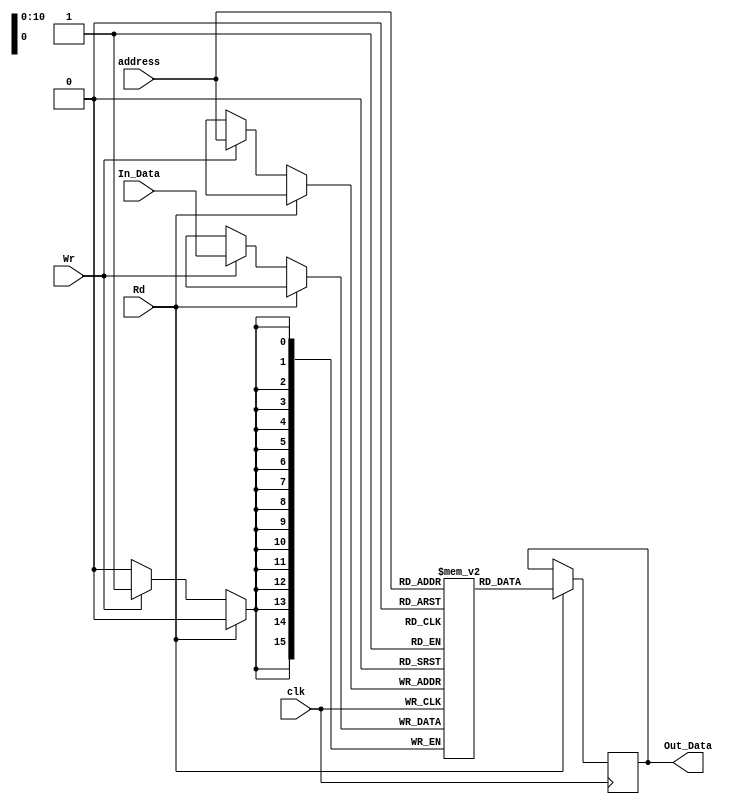
`timescale 1ns / 1ps

module DataMemory(input clk, input Rd, input Wr, input [10:0] address, input [15:0]In_Data, output reg [15:0] Out_Data);

	reg [15:0] memory [0:2047];
	
	always@(negedge clk)
	begin
		if(Rd) Out_Data = memory[address];
		else
			if(Wr) memory[address] = In_Data;
	end


endmodule